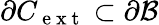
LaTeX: \partial{C}_{\mathrm{~e~x~t~}}\subset{\partial{\cal B}}